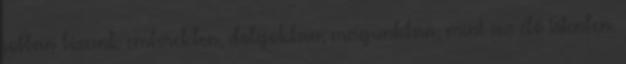
jobban bízunk emberekben, dolgokban, magunkban, mint az élő Istenben.